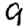
Digit: 9